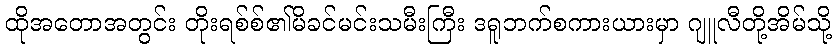
ထိုအတောအတွင်း တိုးရစ်စ်၏မိခင်မင်းသမီးကြီး ဒရူဘက်စကားယားမှာ ဂျူလီတို့အိမ်သို့